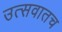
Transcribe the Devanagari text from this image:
उत्सवातच